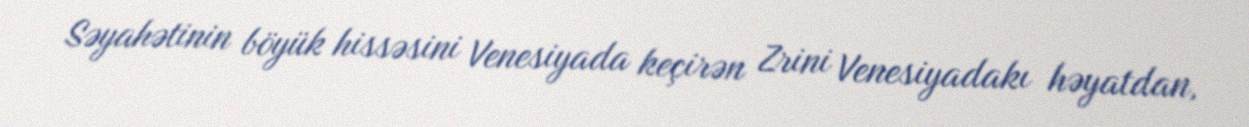
Səyahətinin böyük hissəsini Venesiyada keçirən Zrini Venesiyadakı həyatdan,